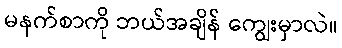
မနက်စာကို ဘယ်အချိန် ကျွေးမှာလဲ။